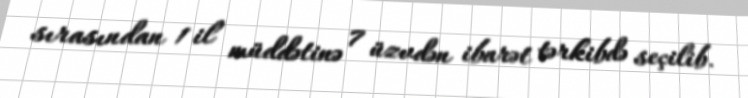
sırasından 1 il müddətinə 7 üzvdən ibarət tərkibdə seçilib.